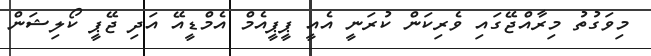
މިވަގުތު މިރާއްޖޭގައި ވެރިކަން ކުރަނީ އެއީ ޕީޕީއެމް އެމްޑީއޭ އަދި ޖޭޕީ ކޯލިޝަން